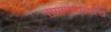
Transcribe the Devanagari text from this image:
रामायणासारखे